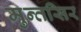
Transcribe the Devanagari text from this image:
मुन्तसिर